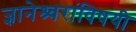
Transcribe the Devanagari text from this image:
ज्ञानेश्र्वरांविषयी